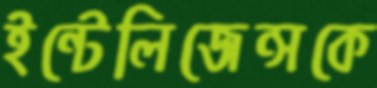
ইন্টেলিজেন্সকে